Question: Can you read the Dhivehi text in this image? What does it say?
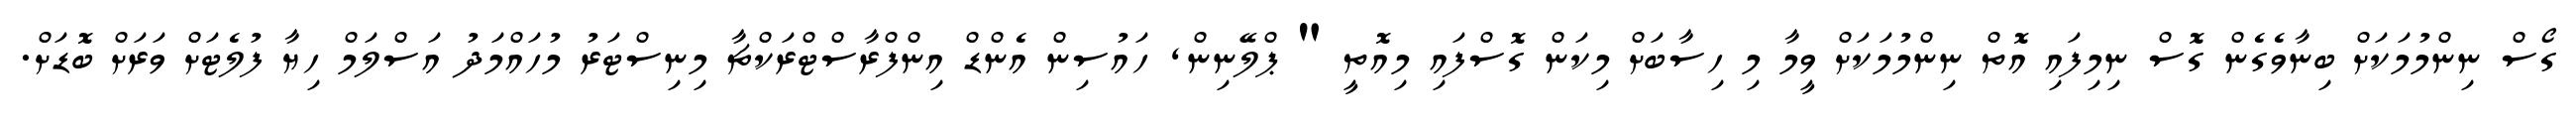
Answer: ގޯސް ނިންމުމަކަށް ބިނާވެގެން ގޮސް ނިމިފައި އޮތް ނިންމުމަކަށް ވީމާ މި ހިސާބަށް މިކަން ގޮސްފައި މިއޮތީ " ޕްލޭނިން, ހައުސިން އެންޑް އިންފްރާސްޓްރަކްޗާ މިނިސްޓަރު މުހައްމަދު އަސްލަމް ހިޔާ ފުލެޓަށް ވަރަށް ބޮޑަށް.